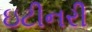
ઇટીનરી